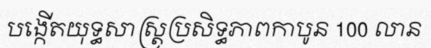
បង្កើតយុទ្ធសាស្ត្រប្រសិទ្ធភាពកាបូន 100 លាន